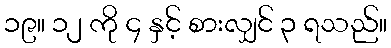
၁၉။ ၁၂ ကို ၄ နှင့် စားလျှင် ၃ ရသည်။